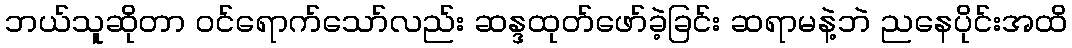
ဘယ်သူဆိုတာ ဝင်ရောက်သော်လည်း ဆန္ဒထုတ်ဖော်ခဲ့ခြင်း ဆရာမနဲ့ဘဲ ညနေပိုင်းအထိ